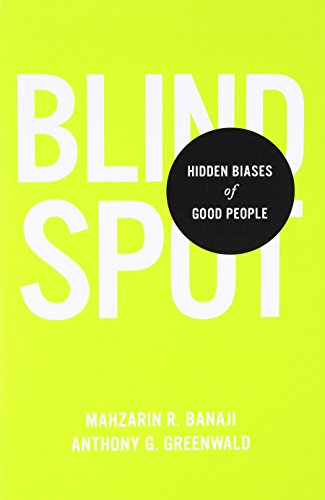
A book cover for Blindspot: Hidden Biases of Good People; Mahzarin R. Banaji; Science & Math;